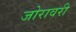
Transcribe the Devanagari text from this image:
जोरावरी